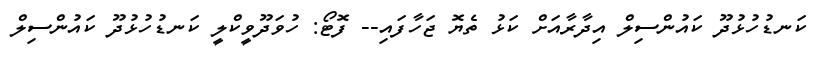
ކަނޑުހުޅުދޫ ކައުންސިލް އިދާރާއަށް ކަޅު ތެޔޮ ޖަހާފައި-- ފޮޓޯ: ހުވަދޫވީކްލީ ކަނޑުހުޅުދޫ ކައުންސިލް